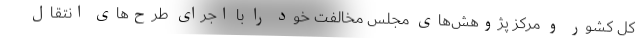
کل کشور و مرکز پژوهش‌های مجلس مخالفت خود را با اجرای طرح‌های انتقال